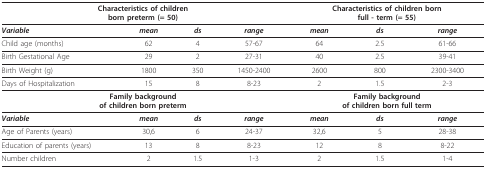
<table><thead><tr><td colspan="4"><b>Characteristics of childrenborn preterm (= 50)</b></td><td colspan="3"><b>Characteristics of children bornfull - term (= 55)</b></td></tr></thead><tbody><tr><td><b><i>Variable</i></b></td><td><b><i>mean</i></b></td><td><b><i>ds</i></b></td><td><b><i>range</i></b></td><td><b><i>mean</i></b></td><td><b><i>ds</i></b></td><td><b><i>range</i></b></td></tr><tr><td>Child age (months)</td><td>62</td><td>4</td><td>57-67</td><td>64</td><td>2.5</td><td>61-66</td></tr><tr><td>Birth Gestational Age</td><td>29</td><td>2</td><td>27-31</td><td>40</td><td>2.5</td><td>39-41</td></tr><tr><td>Birth Weight (g)</td><td>1800</td><td>350</td><td>1450-2400</td><td>2600</td><td>800</td><td>2300-3400</td></tr><tr><td>Days of Hospitalization</td><td>15</td><td>8</td><td>8-23</td><td>2</td><td>1.5</td><td>2-3</td></tr><tr><td colspan="4"><b>Family background</b><b>of children born preterm</b></td><td colspan="3"><b>Family background</b><b>of children born full term</b></td></tr><tr><td><b><i>Variable</i></b></td><td><b><i>mean</i></b></td><td><b><i>ds</i></b></td><td><b><i>range</i></b></td><td><b><i>mean</i></b></td><td><b><i>ds</i></b></td><td><b><i>range</i></b></td></tr><tr><td>Age of Parents (years)</td><td>30,6</td><td>6</td><td>24-37</td><td>32,6</td><td>5</td><td>28-38</td></tr><tr><td>Education of parents (years)</td><td>13</td><td>8</td><td>8-23</td><td>12</td><td>8</td><td>8-22</td></tr><tr><td>Number children</td><td>2</td><td>1.5</td><td>1-3</td><td>2</td><td>1.5</td><td>1-4</td></tr></tbody></table>